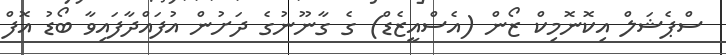
ސްޕެޝަލް އިކޮނޮމިކް ޒޯން (އެސްއީޒެޑް) ގެ ގާނޫނުގެ ދަށުން އުފައްދާފައިވާ ބޯޑު އޮފް